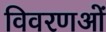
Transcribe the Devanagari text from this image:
विवरणओं